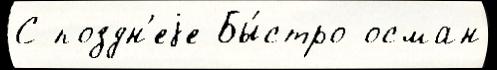
С поздн'еjе Бы́стро осман